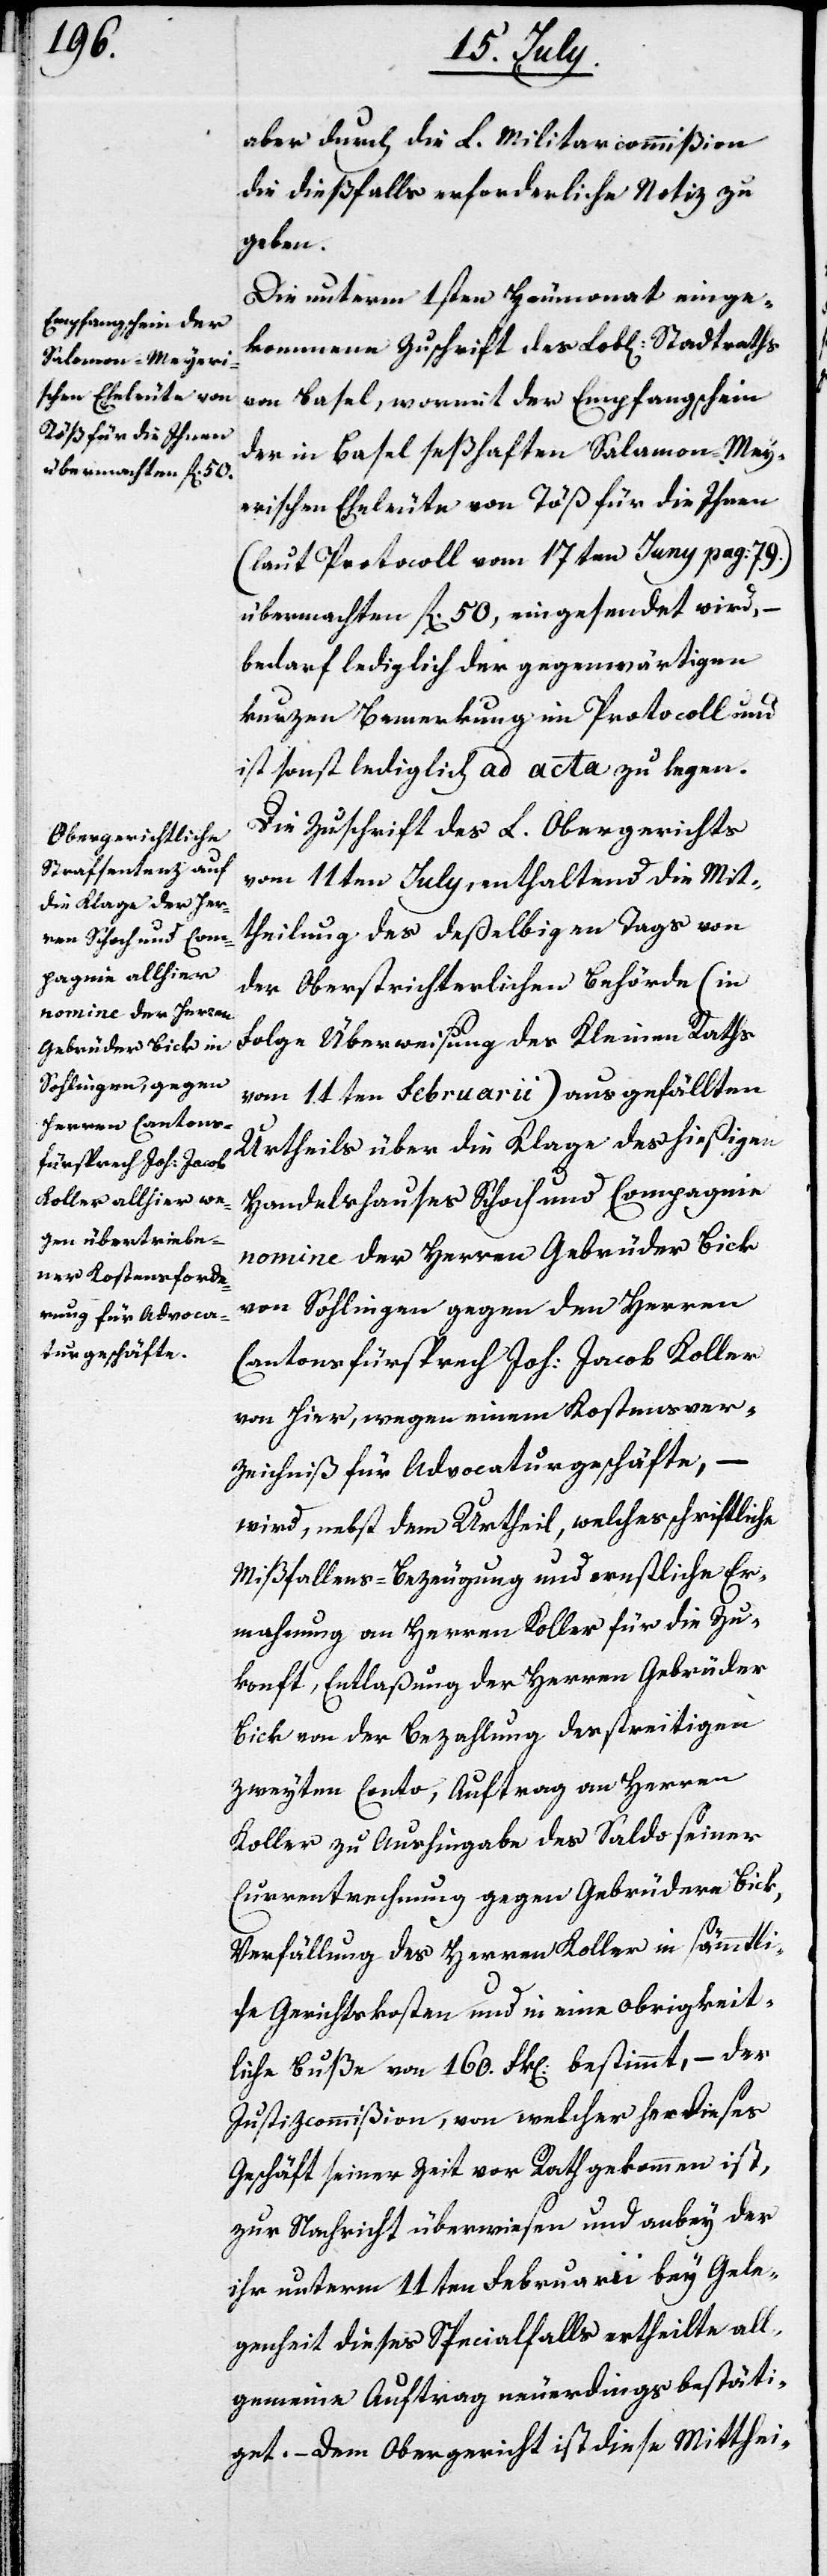
aber durch die L. Militarcommißion
die dießfalls erforderliche Notiz zu
geben.
Die unterm 1sten Heumonath einge¬
kommene Zuschrift des Lobl. Stadtraths
von Basel, wormit der Empfangschein
der in Basel seßhaften Salomon-Mey¬
erischen Eheleute von Töß für die Ihnen
(laut Protocoll vom 17ten Juny pag. 79)
übermachten fl 50, eingesendet wird, –
bedarf lediglich der gegenwärtigen
kurzen Bemerkung im Protocoll und
ist sonst lediglich ad acta zu legen.
Die Zuschrift des L. Obergerichts
vom 11ten July, enthaltend die Mit¬
theilung des deßelbigen Tags von
der Oberstrichterlichen Behörde (in
Folge Überweisung des Kleinen Raths
vom 11ten Februarii) ausgefällten
Urtheils über die Klage des hießigen
Handelshauses Schoch und Compagnie
nomine der Herren Gebrüder Bick
von Sohlingen gegen den Herrn
Cantonsfürsprech Joh. Jacob Koller
von hier, wegen einem Kostenver¬
zeichniß für Advocaturgeschäfte, –
wird, nebst dem Urtheil, welches schriftliche
Mißfallens-Bezeugung und ernstliche Er¬
mahnung an Herren Koller für die Zu¬
konft, Entlaßung der Herren Gebrüder
Bick von der Bezahlung der streitigen
zweyten Conto, Auftrag an Herren
Koller zu Aushingabe des Saldo seiner
Currentrechnung gegen Gebrüdern Bick,
Verfällung des Herren Koller in sämtli¬
che Gerichtskosten und in eine obrigkeit¬
liche Buße von 160. Frk. bestimmt, – der
Justizcommißion, von welcher her dieses
Geschäft seiner Zeit vor Rath gekommen ist,
zur Nachricht überwiesen und anbey der
ihr unterm 11ten Februarii bey Gele¬
genheit dieses Spezialfalls ertheilte all¬
gemeine Auftrag neuerdings bestäti¬
get. – Dem Obergericht ist diese Mitthei-